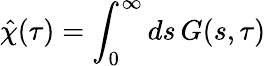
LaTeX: \hat{\chi}(\tau)=\int_{0}^{\infty}ds\, G(s,\tau)